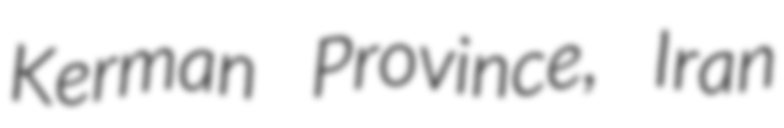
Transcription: Kerman Province, Iran